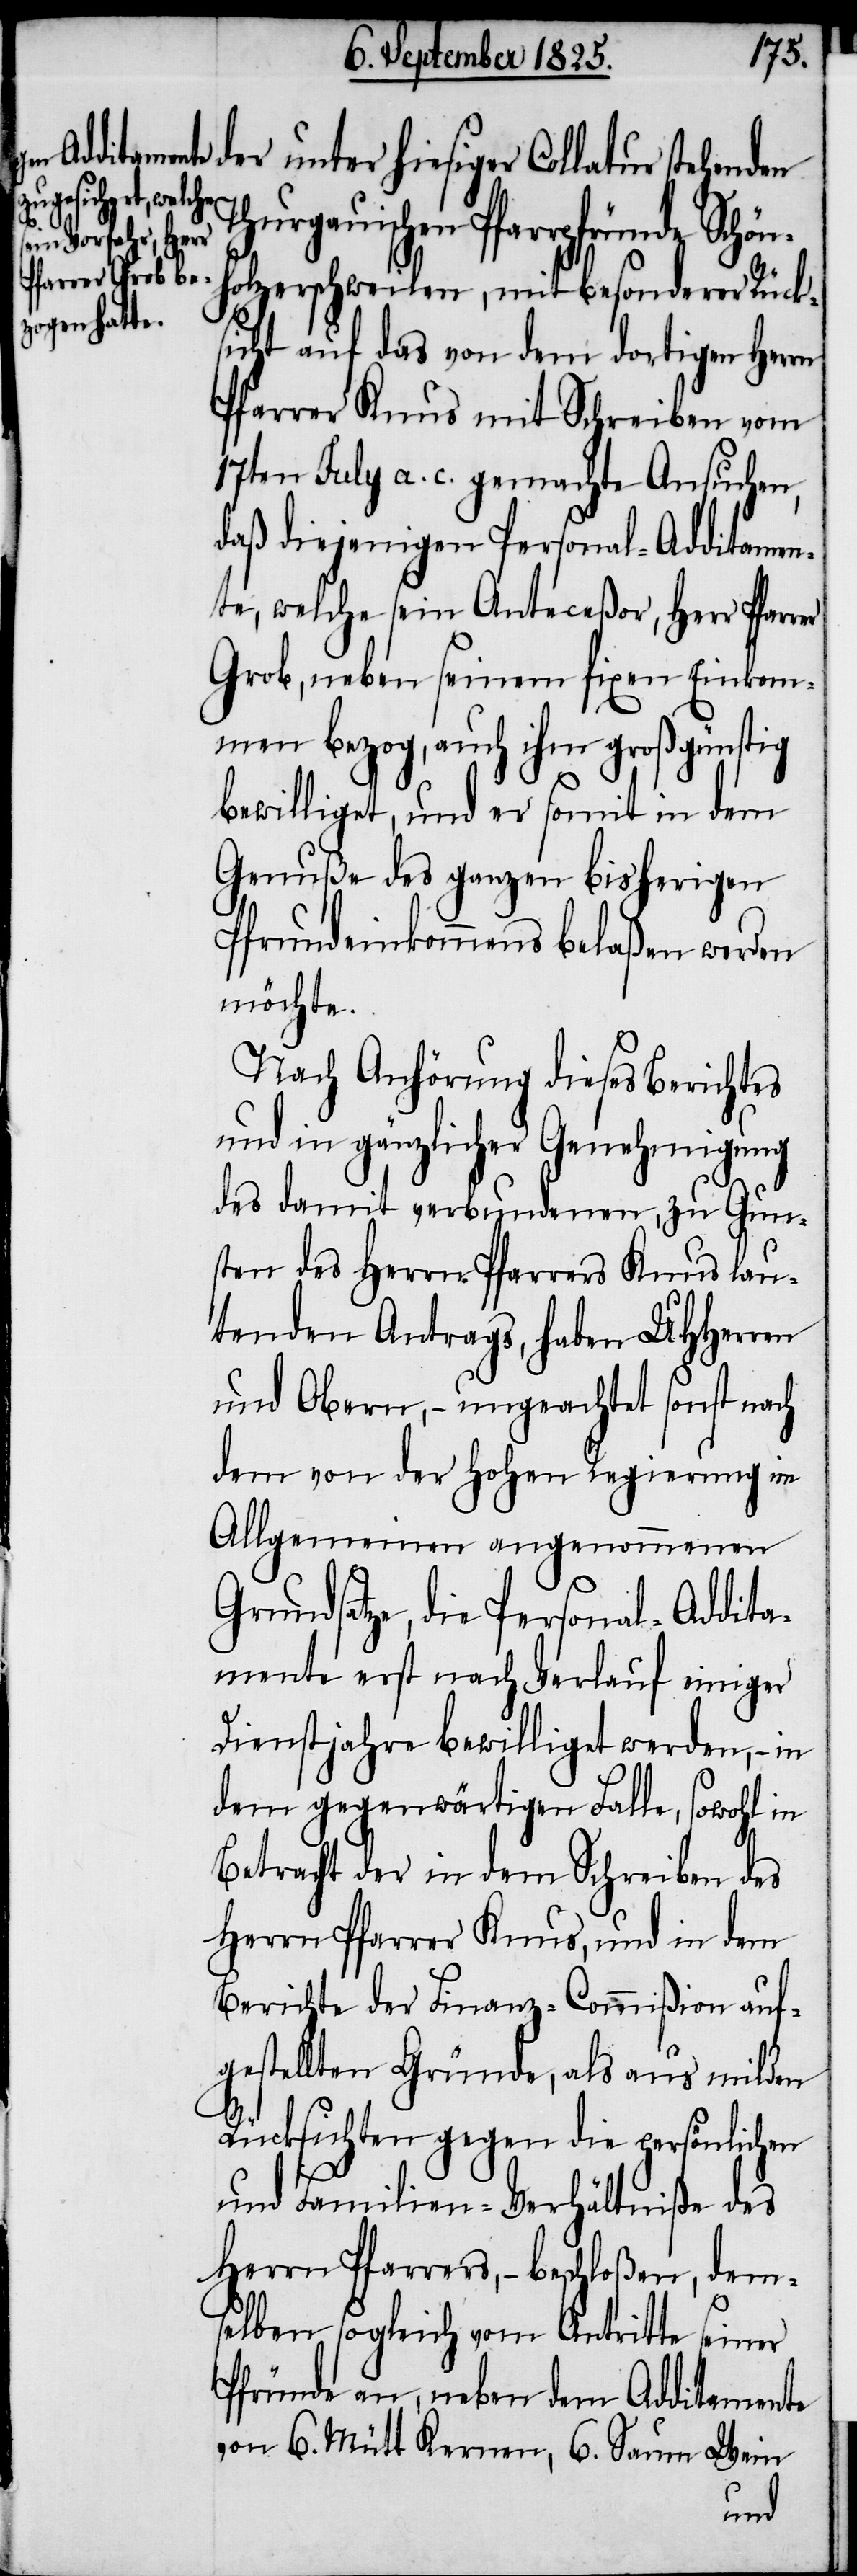
der unter hiesiger Collatur stehenden
Thurgauischen Pfarrpfründe Schön¬
holzerschweilen, mit besonderer Rück¬
sicht auf das von dem dortigen Herrn
Pfarrer Knus mit Schreiben vom
17ten July a. c. gemachte Ansuche,
daß diejenigen Personal-Additamme¬
nte, welche sein Anteceßor, Herr Pfarr¬
Grob, neben seinem fixen Einkom¬
men bezog, auch ihm großgünstig
bewilliget, und er somit in dem
Genuße des ganzen bisherigen
Pfrundeinkommens belaßen werden
möchte.
Nach Anhörung dieses Berichtes
und in gänzlicher Genehmigung
des damit verbundenen, zu Gun¬
sten des Herrn Pfarrers Knus lau¬
tenden Antrags, haben UHHerren
und Obern, – ungeachtet sonst nach
dem von der hohen Regierung im
Allgemeinen angenommenen
Grundsatze, die Personal-Addita¬
mente erst nach Verlauf einiger
Dienstjahre bewilliget werden, – in
dem gegenwärtigen Falle, sowohl in
Betracht der in dem Schreiben des
Herrn Pfarrer Knus, und in dem
Berichte der Finanz-Commißion auf¬
gestellten Gründe, als aus milden
Rücksichten gegen die persönlichen
und Familien-Verhältniße des
Herrn Pfarrers, – beschloßen, dem¬
selben sogleich vom Antritte seiner
Pfründe an, neben dem Additamente
von 6. Mütt Kernen, 6. Saum Wein
er